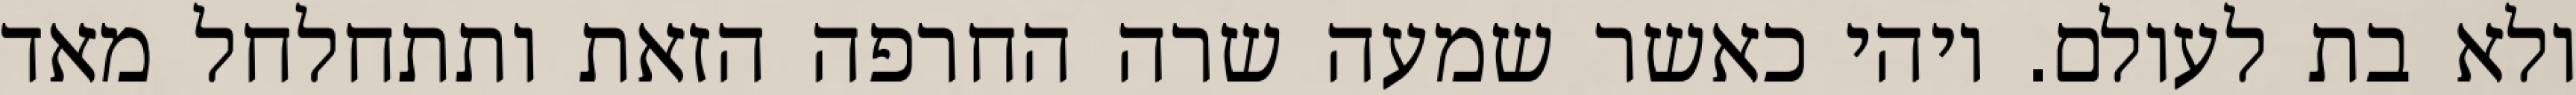
ולא בת לעולם. ויהי כאשר שמעה שרה החרפה הזאת ותתחלחל מאד